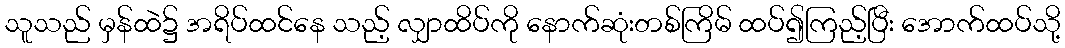
သူသည် မှန်ထဲ၌ အရိပ်ထင်နေ သည့် လျှာထိပ်ကို နောက်ဆုံးတစ်ကြိမ် ထပ်၍ကြည့်ပြီး အောက်ထပ်သို့